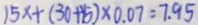
1 5 x + ( 3 0 + 1 5 ) \times 0 . 0 7 = 7 . 9 5